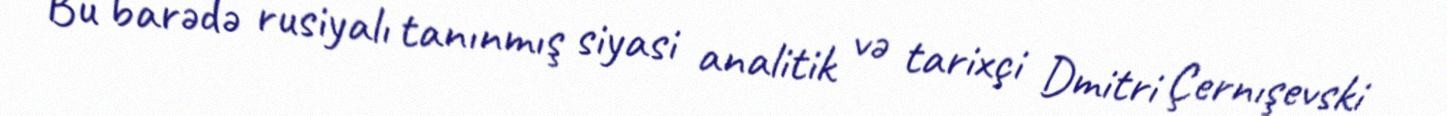
Bu barədə rusiyalı tanınmış siyasi analitik və tarixçi Dmitri Çernışevski